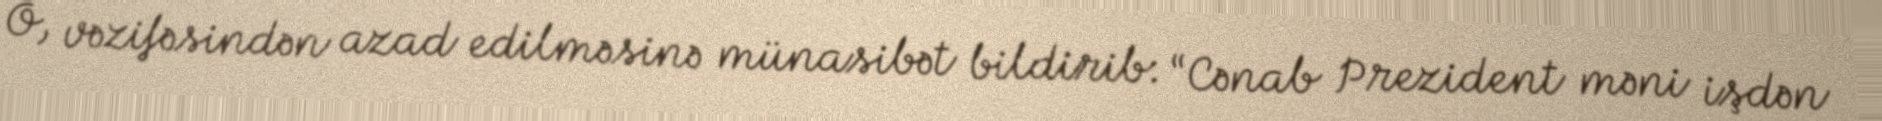
O, vəzifəsindən azad edilməsinə münasibət bildirib: “Cənab Prezident məni işdən